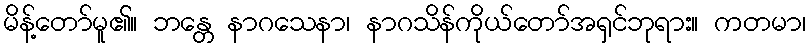
မိန့်တော်မူ၏။ ဘန္တေ နာဂသေနာ၊ နာဂသိန်ကိုယ်တော်အရှင်ဘုရား။ ကတမာ၊